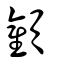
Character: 顴